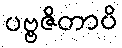
ပဗ္ဗဇိတာပိ